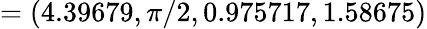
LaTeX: =(4.39679,\pi/2,0.975717,1.58675)